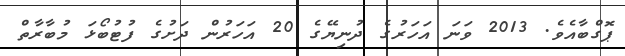
ޕޮގްބާއެވެ. 2013 ވަނަ އަހަރުގެ ދުނިޔޭގެ 20 އަހަރުން ދަށުގެ ފުޓުބޯޅަ މުބާރާތް